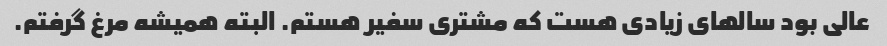
عالی بود سالهای زیادی هست که مشتری سفیر هستم. البته همیشه مرغ گرفتم.